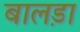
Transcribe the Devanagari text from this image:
बालड़ा